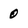
Character: 0